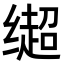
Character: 𬙄